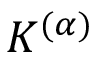
K ^ { ( \alpha ) }